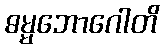
ဓမ္မဘောဂေါတိ